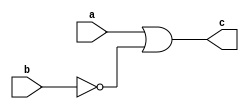
module nanD (a,b,c);
input a,b;
output c;
assign c = a |~ b;
endmodule